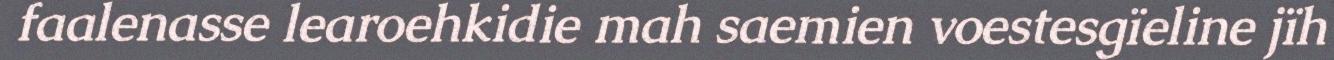
faalenasse learoehkidie mah saemien voestesgïeline jïh